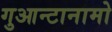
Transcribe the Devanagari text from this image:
गुआन्टानामो